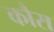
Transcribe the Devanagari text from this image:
कौरा